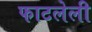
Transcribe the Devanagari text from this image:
फाटलेली